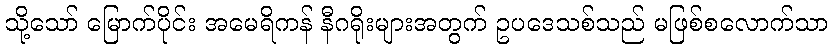
သို့သော် မြောက်ပိုင်း အမေရိကန် နီဂရိုးများအတွက် ဥပဒေသစ်သည် မဖြစ်စလောက်သာ